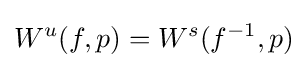
W^{u}(f,p)=W^{s}(f^{-1},p)